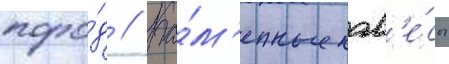
поро́д // Ка́м'енные нав'е́сы